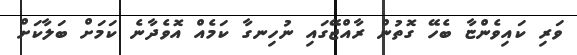
ވަރި ކައިވެންޏާ ބެހޭ ގޮތުން ރާއްޖޭގައި ނުހިނގާ ކަމެއް އޮވެދާނެ ކަމަށް ބަލާކަށް